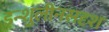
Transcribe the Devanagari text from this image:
इन्शुलीनसदृश